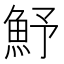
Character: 魣